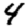
Digit: 4